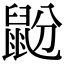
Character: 鼢